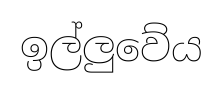
ඉල්ලුවේය